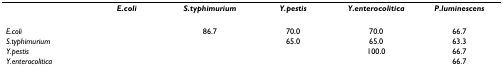
<table><thead><tr><td></td><td><b><i>E.coli</i></b></td><td><b><i>S.typhimurium</i></b></td><td><b><i>Y.pestis</i></b></td><td><b><i>Y.enterocolitica</i></b></td><td><b><i>P.luminescens</i></b></td></tr></thead><tbody><tr><td><i>E.coli</i></td><td></td><td>86.7</td><td>70.0</td><td>70.0</td><td>66.7</td></tr><tr><td><i>S.typhimurium</i></td><td></td><td></td><td>65.0</td><td>65.0</td><td>63.3</td></tr><tr><td><i>Y.pestis</i></td><td></td><td></td><td></td><td>100.0</td><td>66.7</td></tr><tr><td><i>Y.enterocolitica</i></td><td></td><td></td><td></td><td></td><td>66.7</td></tr></tbody></table>